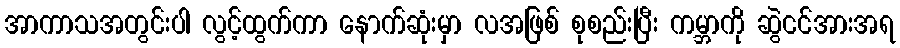
အာကာသအတွင်းပါ လွင့်ထွက်ကာ နောက်ဆုံးမှာ လအဖြစ် စုစည်းပြီး ကမ္ဘာကို ဆွဲငင်အားအရ